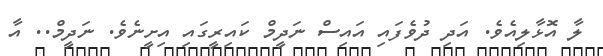
ލާ އޮޅާލިއެވެ. އަދި ދުވެފައި އައިސް ނަދީމް ކައިރީގައި އިށީނެވެ. ނަދީމް.. އާ